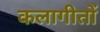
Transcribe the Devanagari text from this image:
कलागीतों